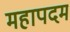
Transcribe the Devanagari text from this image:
महापदम